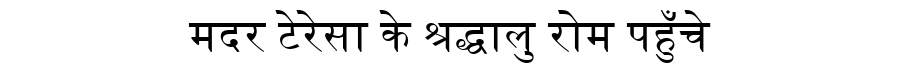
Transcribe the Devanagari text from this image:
मदर टेरेसा के श्रद्धालु रोम पहुँचे